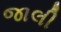
જાલી